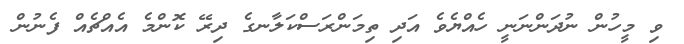
ވި މީހުން ނުދަންނަނީ ހެއްޔެވެ އަދި ތިމަންރަސްކަލާނގެ ދިރޭ ކޮންމެ އެއްޗެއް ފެނުން